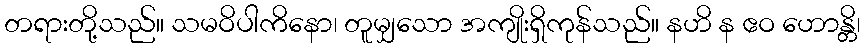
တရားတို့သည်။ သမဝိပါကိနော၊ တူမျှသော အကျိုးရှိကုန်သည်။ နဟိ န ဧဝ ဟောန္တိ၊